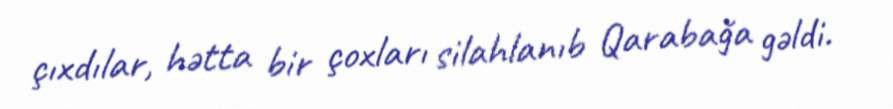
çıxdılar, hətta bir çoxları silahlanıb Qarabağa gəldi.